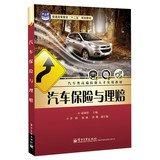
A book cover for Higher education Twelfth Five-Year Plan materials Automotive practical teaching high -skilled personnel : Car insurance and claims(Chinese Edition); ZHAO YING WU; Engineering & Transportation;